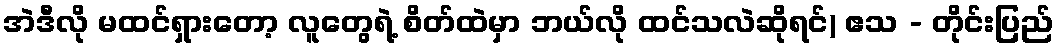
အဲဒီလို မထင်ရှားတော့ လူတွေရဲ့ စိတ်ထဲမှာ ဘယ်လို ထင်သလဲဆိုရင်) ဧသ - တိုင်းပြည်